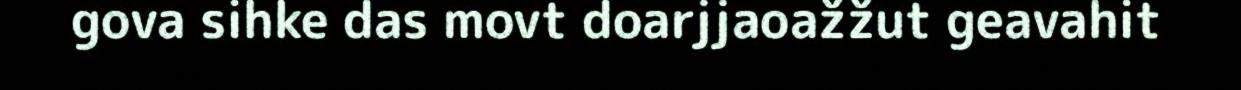
gova sihke das movt doarjjaoažžut geavahit